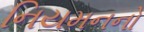
નિયમનનો